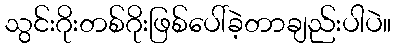
သွင်းဂိုးတစ်ဂိုးဖြစ်ပေါ်ခဲ့တာချည်းပါပဲ။